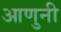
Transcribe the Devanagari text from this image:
आणुनी